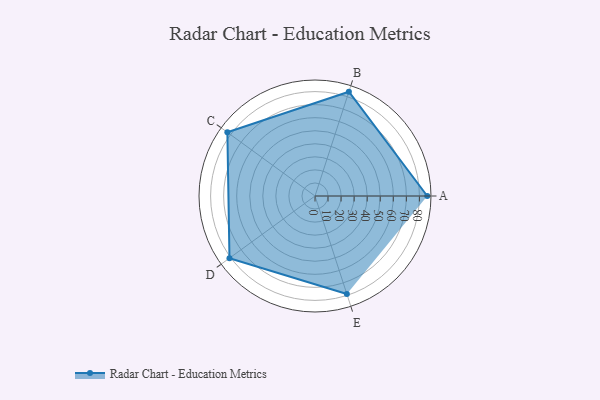
{"axis": {"x": "Skill", "y": "Score"}, "legend": ["Profile"], "data": [{"x": "A", "y": 86.0, "type": "Profile"}, {"x": "B", "y": 84.0, "type": "Profile"}, {"x": "C", "y": 83.0, "type": "Profile"}, {"x": "D", "y": 81.0, "type": "Profile"}, {"x": "E", "y": 79.0, "type": "Profile"}]}